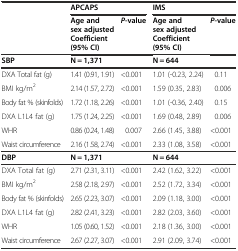
<table><thead><tr><td></td><td colspan="2"><b>APCAPS</b></td><td colspan="2"><b>IMS</b></td></tr><tr><td></td><td><b>Age and sex adjusted Coefficient (95% CI)</b></td><td><b><i>P</i>-value</b></td><td><b>Age and sex adjusted Coefficient (95% CI)</b></td><td><b><i>P</i>-value</b></td></tr></thead><tbody><tr><td><b>SBP</b></td><td><b>N = 1,371</b></td><td></td><td><b>N = 644</b></td><td></td></tr><tr><td>DXA Total fat (g)</td><td>1.41 (0.91, 1.91)</td><td>&lt;0.001</td><td>1.01 (-0.23, 2.24)</td><td>0.11</td></tr><tr><td>BMI kg/m<sup>2</sup></td><td>2.14 (1.57, 2.72)</td><td>&lt;0.001</td><td>1.59 (0.35, 2.83)</td><td>0.006</td></tr><tr><td>Body fat % (skinfolds)</td><td>1.72 (1.18, 2.26)</td><td>&lt;0.001</td><td>1.01 (-0.36, 2.40)</td><td>0.15</td></tr><tr><td>DXA L1L4 fat (g)</td><td>1.75 (1.24, 2.25)</td><td>&lt;0.001</td><td>1.69 (0.48, 2.89)</td><td>0.006</td></tr><tr><td>WHR</td><td>0.86 (0.24, 1.48)</td><td>0.007</td><td>2.66 (1.45, 3.88)</td><td>&lt;0.001</td></tr><tr><td>Waist circumference</td><td>2.16 (1.58, 2.74)</td><td>&lt;0.001</td><td>2.33 (1.08, 3.58)</td><td>&lt;0.001</td></tr><tr><td><b>DBP</b></td><td><b>N = 1,371</b></td><td></td><td><b>N = 644</b></td><td></td></tr><tr><td>DXA Total fat (g)</td><td>2.71 (2.31, 3.11)</td><td>&lt;0.001</td><td>2.42 (1.62, 3.22)</td><td>&lt;0.001</td></tr><tr><td>BMI kg/m<sup>2</sup></td><td>2.58 (2.18, 2.97)</td><td>&lt;0.001</td><td>2.52 (1.72, 3.34)</td><td>&lt;0.001</td></tr><tr><td>Body fat % (skinfolds)</td><td>2.65 (2.23, 3.07)</td><td>&lt;0.001</td><td>2.09 (1.18, 3.00)</td><td>&lt;0.001</td></tr><tr><td>DXA L1L4 fat (g)</td><td>2.82 (2.41, 3.23)</td><td>&lt;0.001</td><td>2.82 (2.03, 3.60)</td><td>&lt;0.001</td></tr><tr><td>WHR</td><td>1.05 (0.60, 1.52)</td><td>&lt;0.001</td><td>2.18 (1.36, 3.00)</td><td>&lt;0.001</td></tr><tr><td>Waist circumference</td><td>2.67 (2.27, 3.07)</td><td>&lt;0.001</td><td>2.91 (2.09, 3.74)</td><td>&lt;0.001</td></tr></tbody></table>